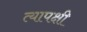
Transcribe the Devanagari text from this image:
त्यापक्षी